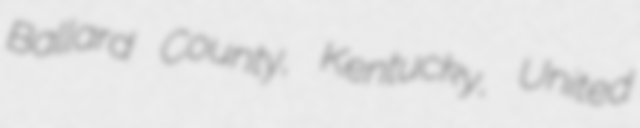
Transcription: Ballard County, Kentucky, United